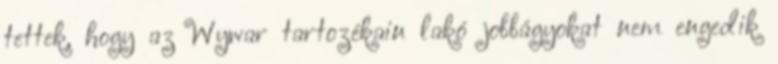
tettek, hogy az Wywar tartozékain lakó jobbágyokat nem engedik